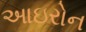
આઇરોન